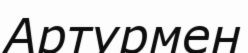
Артурмен